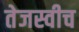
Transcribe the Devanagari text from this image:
तेजस्वीच